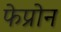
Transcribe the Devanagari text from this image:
फेप्रोन